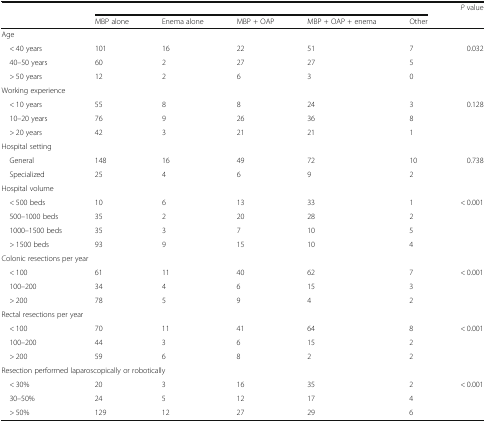
<table><thead><tr><td rowspan="2"></td><td colspan="5"></td><td rowspan="2"><b><i>P</i> value</b></td></tr><tr><td><b>MBP alone</b></td><td><b>Enema alone</b></td><td><b>MBP + OAP</b></td><td><b>MBP + OAP + enema</b></td><td><b>Other</b></td></tr></thead><tbody><tr><td colspan="7">Age</td></tr><tr><td> &lt; 40 years</td><td>101</td><td>16</td><td>22</td><td>51</td><td>7</td><td rowspan="3">0.032</td></tr><tr><td> 40–50 years</td><td>60</td><td>2</td><td>27</td><td>27</td><td>5</td></tr><tr><td> &gt; 50 years</td><td>12</td><td>2</td><td>6</td><td>3</td><td>0</td></tr><tr><td colspan="7">Working experience</td></tr><tr><td> &lt; 10 years</td><td>55</td><td>8</td><td>8</td><td>24</td><td>3</td><td rowspan="3">0.128</td></tr><tr><td> 10–20 years</td><td>76</td><td>9</td><td>26</td><td>36</td><td>8</td></tr><tr><td> &gt; 20 years</td><td>42</td><td>3</td><td>21</td><td>21</td><td>1</td></tr><tr><td colspan="7">Hospital setting</td></tr><tr><td> General</td><td>148</td><td>16</td><td>49</td><td>72</td><td>10</td><td rowspan="2">0.738</td></tr><tr><td> Specialized</td><td>25</td><td>4</td><td>6</td><td>9</td><td>2</td></tr><tr><td colspan="7">Hospital volume</td></tr><tr><td> &lt; 500 beds</td><td>10</td><td>6</td><td>13</td><td>33</td><td>1</td><td rowspan="4">&lt; 0.001</td></tr><tr><td> 500–1000 beds</td><td>35</td><td>2</td><td>20</td><td>28</td><td>2</td></tr><tr><td> 1000–1500 beds</td><td>35</td><td>3</td><td>7</td><td>10</td><td>5</td></tr><tr><td> &gt; 1500 beds</td><td>93</td><td>9</td><td>15</td><td>10</td><td>4</td></tr><tr><td colspan="7">Colonic resections per year</td></tr><tr><td> &lt; 100</td><td>61</td><td>11</td><td>40</td><td>62</td><td>7</td><td rowspan="3">&lt; 0.001</td></tr><tr><td> 100–200</td><td>34</td><td>4</td><td>6</td><td>15</td><td>3</td></tr><tr><td> &gt; 200</td><td>78</td><td>5</td><td>9</td><td>4</td><td>2</td></tr><tr><td colspan="7">Rectal resections per year</td></tr><tr><td> &lt; 100</td><td>70</td><td>11</td><td>41</td><td>64</td><td>8</td><td rowspan="3">&lt; 0.001</td></tr><tr><td> 100–200</td><td>44</td><td>3</td><td>6</td><td>15</td><td>2</td></tr><tr><td> &gt; 200</td><td>59</td><td>6</td><td>8</td><td>2</td><td>2</td></tr><tr><td colspan="7">Resection performed laparoscopically or robotically</td></tr><tr><td> &lt; 30%</td><td>20</td><td>3</td><td>16</td><td>35</td><td>2</td><td rowspan="3">&lt; 0.001</td></tr><tr><td> 30–50%</td><td>24</td><td>5</td><td>12</td><td>17</td><td>4</td></tr><tr><td> &gt; 50%</td><td>129</td><td>12</td><td>27</td><td>29</td><td>6</td></tr></tbody></table>